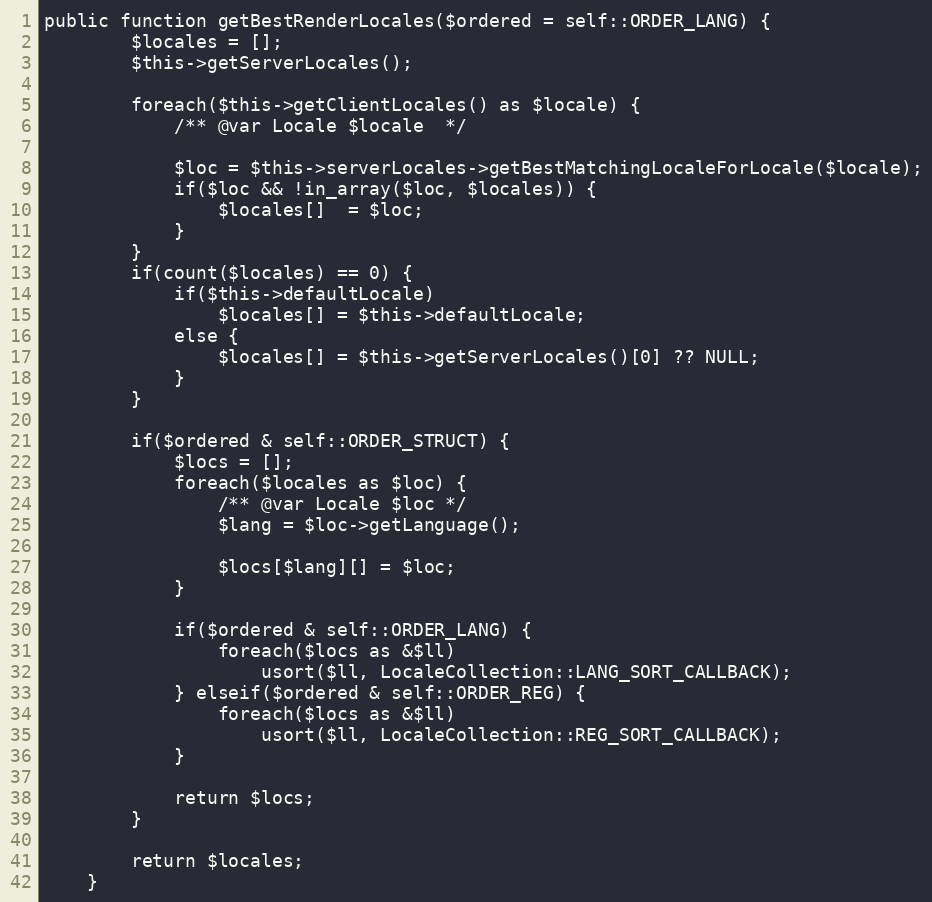
Language: PHP
public function getBestRenderLocales($ordered = self::ORDER_LANG) {
        $locales = [];
        $this->getServerLocales();

        foreach($this->getClientLocales() as $locale) {
            /** @var Locale $locale  */

            $loc = $this->serverLocales->getBestMatchingLocaleForLocale($locale);
            if($loc && !in_array($loc, $locales)) {
                $locales[]  = $loc;
            }
        }
        if(count($locales) == 0) {
            if($this->defaultLocale)
                $locales[] = $this->defaultLocale;
            else {
                $locales[] = $this->getServerLocales()[0] ?? NULL;
            }
        }

        if($ordered & self::ORDER_STRUCT) {
            $locs = [];
            foreach($locales as $loc) {
                /** @var Locale $loc */
                $lang = $loc->getLanguage();

                $locs[$lang][] = $loc;
            }

            if($ordered & self::ORDER_LANG) {
                foreach($locs as &$ll)
                    usort($ll, LocaleCollection::LANG_SORT_CALLBACK);
            } elseif($ordered & self::ORDER_REG) {
                foreach($locs as &$ll)
                    usort($ll, LocaleCollection::REG_SORT_CALLBACK);
            }

            return $locs;
        }

        return $locales;
    }